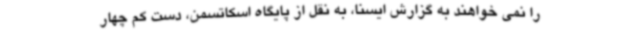
را نمی خواهند به گزارش ایسنا، به نقل از پایگاه اسکاتسمن، دست کم چهار